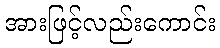
အားဖြင့်လည်းကောင်း